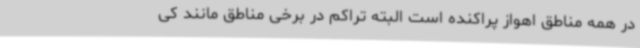
در همه مناطق اهواز پراکنده است البته تراکم در برخی مناطق مانند کی